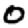
Digit: 0